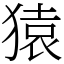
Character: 猿